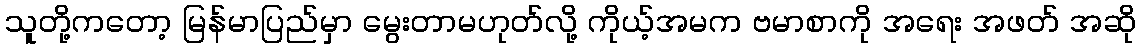
သူတို့ကတော့ မြန်မာပြည်မှာ မွေးတာမဟုတ်လို့ ကိုယ့်အမက ဗမာစာကို အရေး အဖတ် အဆို